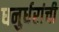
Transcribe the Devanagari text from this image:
धनुर्धरांची